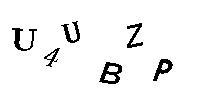
U4UBZP